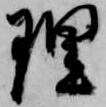
理